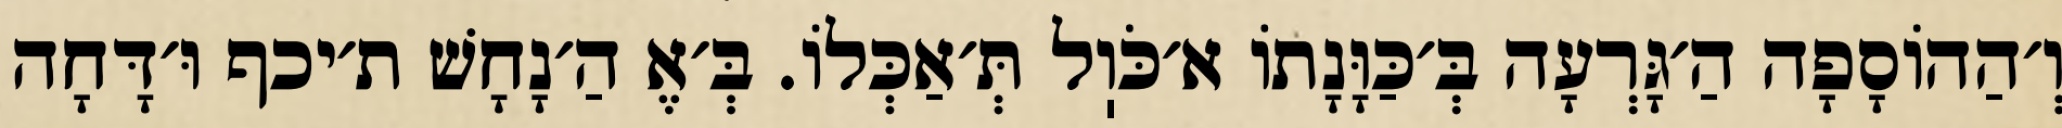
וְ׳הַהוֹסָפָה הַ׳גָּרְעָה בְּ׳כַּוָּנָתוֹ א׳כֹּוֽל תְּ׳אַכְּלוֹ. בְּ׳אֶ הַ׳נָחָשׁ ת׳יכף וּ׳דָּחָה